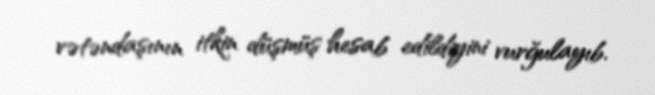
vətəndaşının itkin düşmüş hesab edildiyini vurğulayıb.